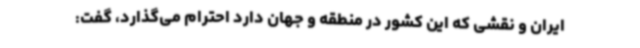
ایران و نقشی که این کشور در منطقه و جهان دارد احترام می‌گذارد، گفت: